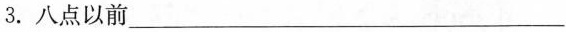
3. 八点以前___